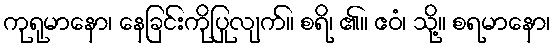
ကုရုမာနော၊ နေခြင်းကိုပြုလျက်။ စရိ၊ ၏။ ဧဝံ၊ သို့။ စရမာနော၊